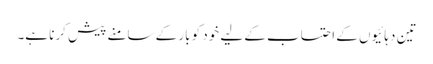
تین دہائیوں کے احتساب کے لیے خود کو بار کے سامنے پیش کرنا ہے۔